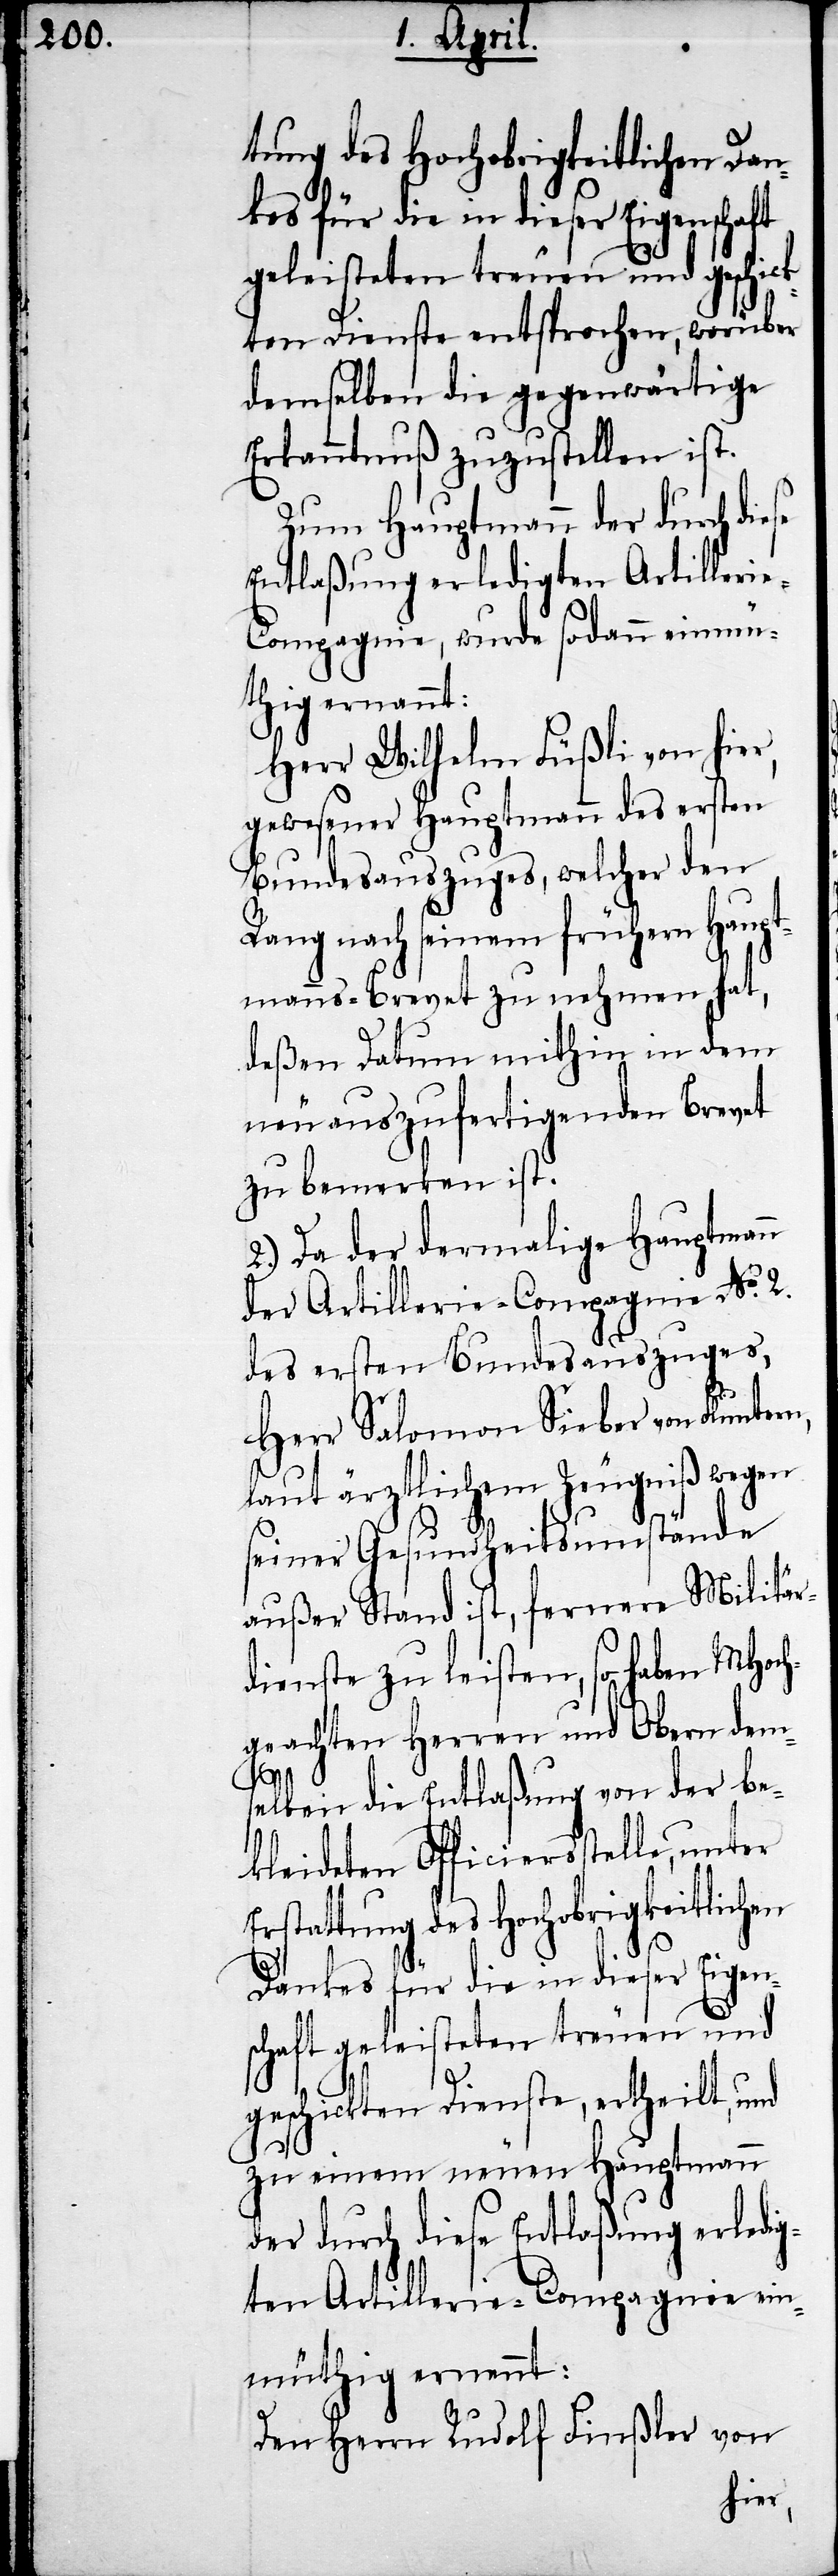
tung des Hochobrigkeitlichen Dan¬
kes für die in dieser Eigenschaft
geleisteten treuen und geschick¬
ten Dienste entsprochen, worüber
demselben die gegenwärtige
Erkanntnuß zuzustellen ist.
Zum Hauptmann der durch diese
Entlaßung erledigten Artilleri¬
e-Compagnie, wurde sodann einmü¬
thig ernannt:
Herr Wilhelm Füßli von hier,
gewesener Hauptmann des ersten
Bundesauszuges, welcher den
Rang nach seinem frühern Haupt¬
manns-Brevet zu nehmen hat,
deßen Datum mithin in dem
neu auszufertigenden Brevet
zu bemerken ist.
2.) Da der dermalige Hauptmann
der Artillerie-Compagnie No. 2.
des ersten Bundesauszuges,
Herr Salomon Sieber von Flunter¬
laut ärztlichem Zeugniß wegen
seiner Gesundheitsumstände
außer Stand ist, fernere Militär¬
dienste zu leisten, so haben MHoch¬
geachten Herren und Obern dem¬
selben die Entlaßung von der be¬
kleideten Officiersstelle, unter
rstattung des Hochobrigkeitlichen
Dankes für die in dieser Eigen¬
schaft geleisteten treuen und
E¬
geschickten Dienste, ertheilt, und
zu einem neuen Hauptmann
der durch diese Entlaßung erledig¬
ten Artillerie-Compagnie ein¬
müthig ernennt:
Den Herrn Rudolf Finßler von